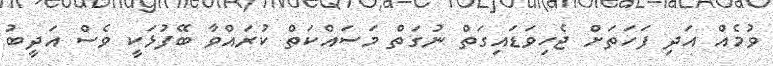
ވުމެއް އަދި ފަހަތަށް ޖެހިވަޑައިގަތް ނުގަތް މަސައްކަތް ކުރައްވާ ބޭފުޅަކީ ވެސް އަދީބު